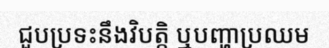
ជួបប្រទះនឹងវិបត្តិ ឬបញ្ហាប្រឈម